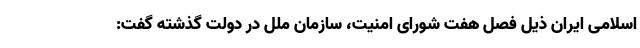
اسلامی ایران ذیل فصل هفت شورای امنیت، سازمان ملل در دولت گذشته گفت: